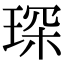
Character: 琛